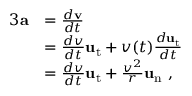
{ \begin{array} { r l } { { 3 } \mathbf { a } } & { = { \frac { d \mathbf { v } } { d t } } } \\ & { = { \frac { d v } { d t } } \mathbf { u } _ { \mathrm { t } } + v ( t ) { \frac { d \mathbf { u } _ { \mathrm { t } } } { d t } } } \\ & { = { \frac { d v } { d t } } \mathbf { u } _ { \mathrm { t } } + { \frac { v ^ { 2 } } { r } } \mathbf { u } _ { \mathrm { n } } \ , } \end{array} }